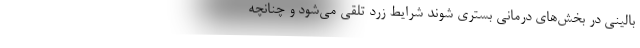
بالینی در بخش‌های درمانی بستری شوند شرایط زرد تلقی می‌شود و چنانچه